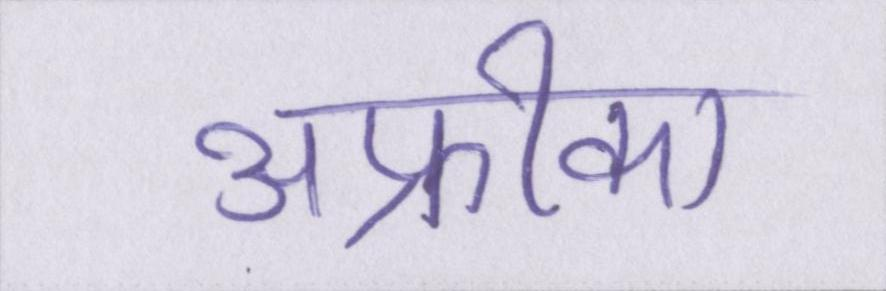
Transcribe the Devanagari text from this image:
अफ्रीका